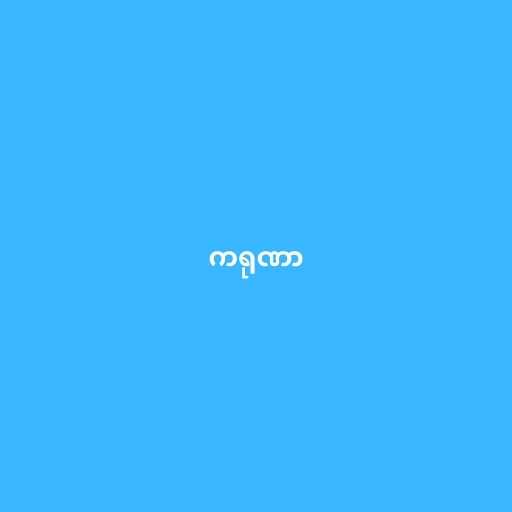
ကရုဏာ